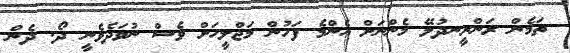
ތަމެން ރަންރީނދުލޭ މެންނަށް އެންމެ ފަހުން މަޖްލީހަށް ވެސް ނުވަދެވެނީ ދޯ. ދެން